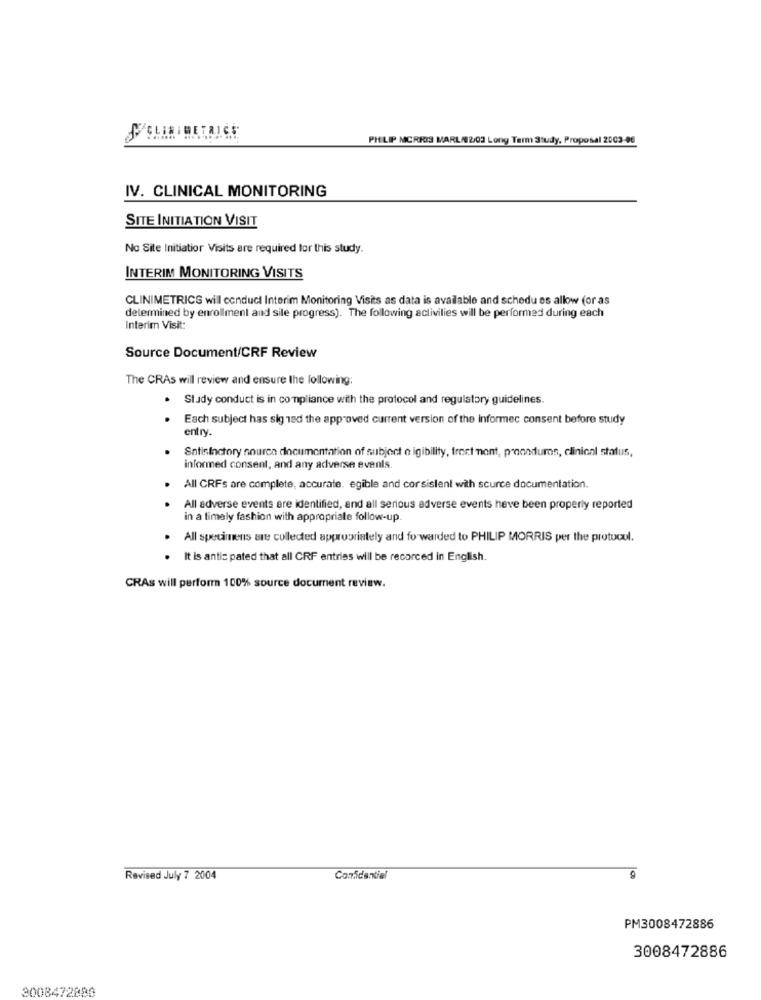
IBETRICE
PHILIP MORRIS MARL/02/03 Long Term Study, Proposal 2003-06
IV. CLINICAL MONITORING
SITE INITIATION VISIT
No Site Initiatior Visits are required for this study.
INTERIM MONITORING VISITS
CLINIMETRICS will conduct Interim Monitoring Visits as data is available and schedu es allow (or as
determined by enrollment and sile progress). The following aclivilies will be performed during each
Interim Visit:
Source Document/CRF Review
The CRAs will review and ensure the following;
Study conduct is in compliance with the protocol and regulatory guidelines.
Each subject has sig ned the approved current version of the informed consent before study
entry.
Satisfactory souren documentation of subject e igibility, frect nont, procedures, clinical status,
informed consent, and any adverse events.
All CRFs are complete, accurate. egible and corsislent with source documentation.
All adverse events are identified, and all serious adverse events heve been properly reported
in a timely fashion with appropriate follow-up
All specimens are collected appropriately and forwarded to PHILIP MORRIS per the protocol.
. It is antic pated that all CRF entries will be recorced in English.
CRAs will perform 100% source document review.
Revised July 7 2004
Confidential
PM3008472886
3008472886
3008472888